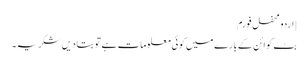
| اردو محفل فورم
بٹ کوائن کے بارے میں کوئی معلومات ہے تو بتا دیں شکریہ۔